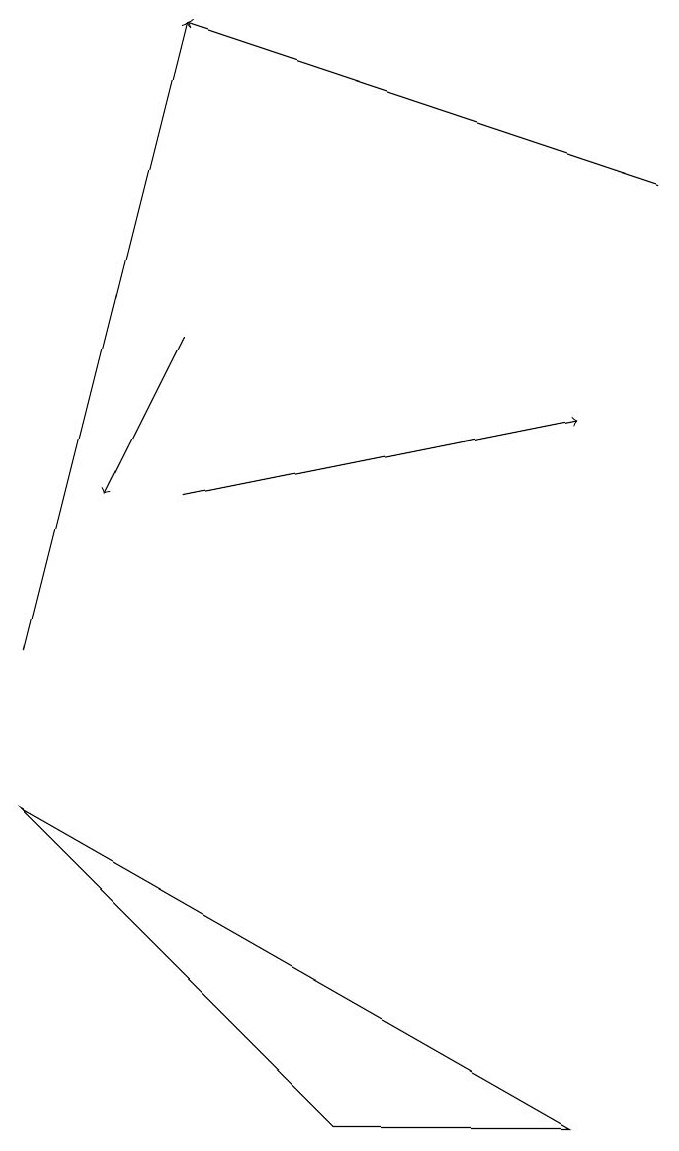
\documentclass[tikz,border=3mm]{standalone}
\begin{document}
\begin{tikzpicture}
\draw[->] (3,15) -- (2,13);
\draw[->] (1,11) -- (3,19);
\draw[->] (3,13) -- (8,14);
\draw (1,9) -- (8,5) -- (5,5) -- cycle;
\draw[->] (9,17) -- (3,19);
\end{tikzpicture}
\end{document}